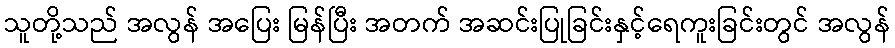
သူတို့သည် အလွန် အပြေး မြန်ပြီး အတက် အဆင်းပြုခြင်းနှင့်ရေကူးခြင်းတွင် အလွန်